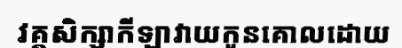
វគ្គសិក្សាកីឡាវាយកូនគោលដោយ